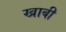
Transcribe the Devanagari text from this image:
खाबी